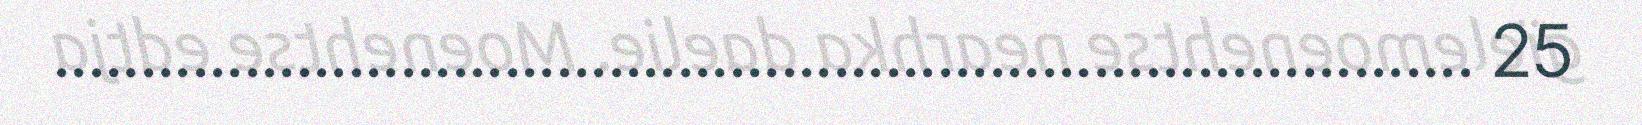
.................................................................................. 25